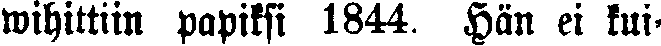
wihittiin papiksi 1844. Hän ei kui-